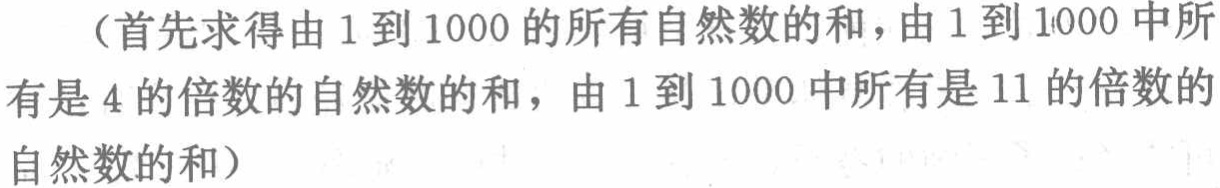
（首先求得由 1 到 1000 的所有自然数的和，由 1 到 1000 中所有是 4 的倍数的自然数的和，由 1 到 1000 中所有是 11 的倍数的自然数的和）